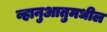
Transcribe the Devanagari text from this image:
व्हानुआतुमधील